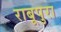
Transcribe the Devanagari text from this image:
राबूपुरा